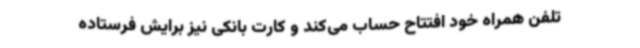
تلفن همراه خود افتتاح حساب می‌کند و کارت بانکی نیز برایش فرستاده